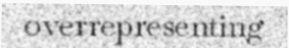
overrepresenting